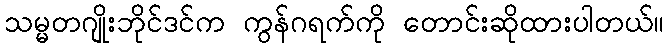
သမ္မတဂျိုးဘိုင်ဒင်က ကွန်ဂရက်ကို တောင်းဆိုထားပါတယ်။